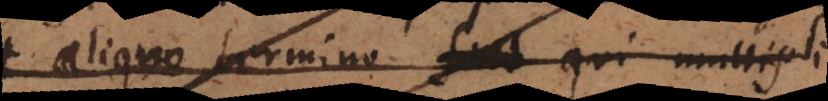
aliquo termino qui multipli